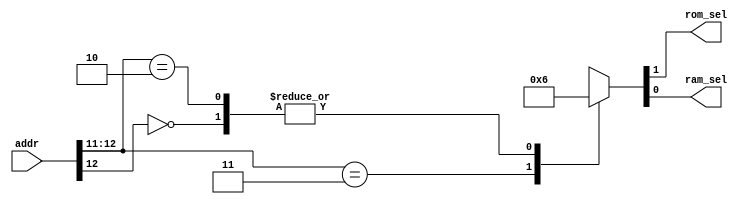
module addr_decode( addr, rom_sel, ram_sel);
output rom_sel, ram_sel; 
input [12:0] addr; 
reg rom_sel, ram_sel; 
 
always @( addr ) 
begin 
casex(addr) 
13'b1_1xxx_xxxx_xxxx:{rom_sel,ram_sel}<=2'b01; 
13'b0_xxxx_xxxx_xxxx:{rom_sel,ram_sel}<=2'b10; 
13'b1_0xxx_xxxx_xxxx:{rom_sel,ram_sel}<=2'b10; 
default:{rom_sel,ram_sel}<=2'b00; 
endcase 
end 
endmodule 

module ram( data, addr, ena, read, write );
inout [7:0] data; 
input [9:0] addr; 
input ena; 
input read, write; 
reg [7:0] ram [10'h3ff:0]; 
 
assign data = ( read && ena )?  ram[addr] : 8'hzz; 
 
always @(posedge write) 
begin 
ram[addr]<=data; 
end 
endmodule 
 

module rom( data, addr, read, ena ); 
output [7:0] data; 
input [12:0] addr; 
input read, ena; 
reg [7:0] memory [13'h1fff:0]; 
wire [7:0] data; 

assign data= ( read && ena )? memory[addr] : 8'bzzzzzzzz; 
 
endmodule